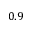
0 . 9